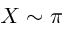
X \sim \pi